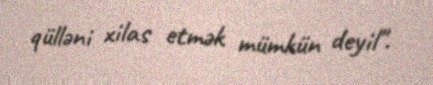
qülləni xilas etmək mümkün deyil".